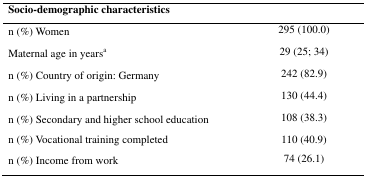
<table><thead><tr><td colspan="2"><b>Socio-demographic characteristics</b></td></tr></thead><tbody><tr><td>n (%) Women</td><td>295 (100.0)</td></tr><tr><td>Maternal age in years<sup>a</sup></td><td>29 (25; 34)</td></tr><tr><td>n (%) Country of origin: Germany</td><td>242 (82.9)</td></tr><tr><td>n (%) Living in a partnership</td><td>130 (44.4)</td></tr><tr><td>n (%) Secondary and higher school education</td><td>108 (38.3)</td></tr><tr><td>n (%) Vocational training completed</td><td>110 (40.9)</td></tr><tr><td>n (%) Income from work</td><td>74 (26.1)</td></tr></tbody></table>